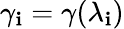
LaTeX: \gamma_{\mathbf{i}}=\gamma(\lambda_{\mathbf{i}})